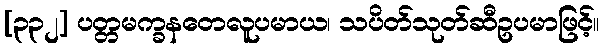
[၃၃၂] ပတ္တမက္ခနတေလူပမာယ၊ သပိတ်သုတ်ဆီဥပမာဖြင့်။